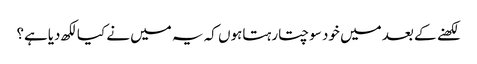
لکھنے کے بعد میں خود سوچتارہتاہوں کہ یہ میں نے کیالکھ دیاہے؟